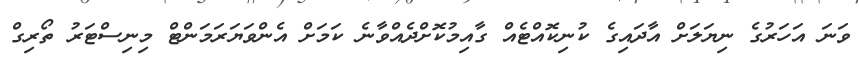
ވަނަ އަހަރުގެ ނިޔަލަށް އާދައިގެ ކުނިކޮއްޓެއް ގާއިމުކޮށްދެއްވާނެ ކަމަށް އެންވަޔަރަމަންޓް މިނިސްޓަރު ތޯރިގް